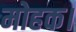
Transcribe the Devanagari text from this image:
मोहक।